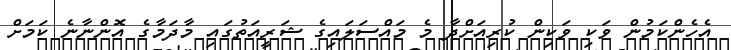
އެހެންކަމުން ވަކި ވަކިން ކުރިއަށްދާ މެ މައްސަލައިގެ ޝަރީއަތުގައި މާދަމާގެ އޮންނާނެ ކަމަށް